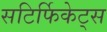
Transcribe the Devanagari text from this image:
सटिर्फिकेट्स